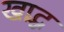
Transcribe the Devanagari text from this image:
खाद्ध